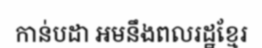
កាន់បដា អមនឹងពលរដ្ឋខ្មែរ